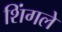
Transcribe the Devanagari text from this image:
शिंगले